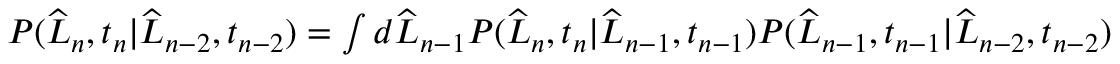
\begin{array} { r } { P ( \widehat { L } _ { n } , t _ { n } | \widehat { L } _ { n - 2 } , t _ { n - 2 } ) = \int d \widehat { L } _ { n - 1 } P ( \widehat { L } _ { n } , t _ { n } | \widehat { L } _ { n - 1 } , t _ { n - 1 } ) P ( \widehat { L } _ { n - 1 } , t _ { n - 1 } | \widehat { L } _ { n - 2 } , t _ { n - 2 } ) } \end{array}